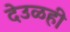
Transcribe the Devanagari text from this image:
देउळही